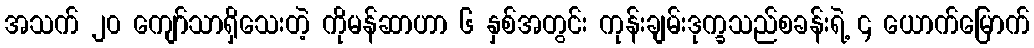
အသက် ၂၀ ကျော်သာရှိသေးတဲ့ ကိုမန်ဆာဟာ ၆ နှစ်အတွင်း ကုန်းချမ်းဒုက္ခသည်စခန်းရဲ့ ၄ ယောက်မြောက်